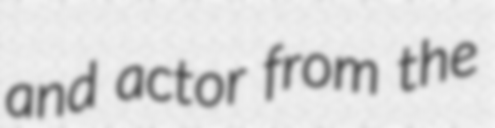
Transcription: and actor from the